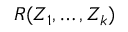
R ( Z _ { 1 } , \dots , Z _ { k } )